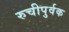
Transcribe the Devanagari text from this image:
रुचीपुर्वक